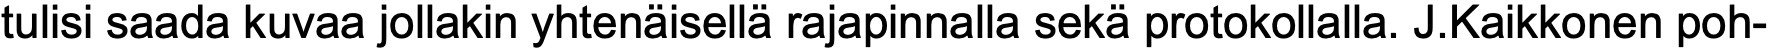
tulisi saada kuvaa jollakin yhtenäisellä rajapinnalla sekä protokollalla. J.Kaikkonen poh-